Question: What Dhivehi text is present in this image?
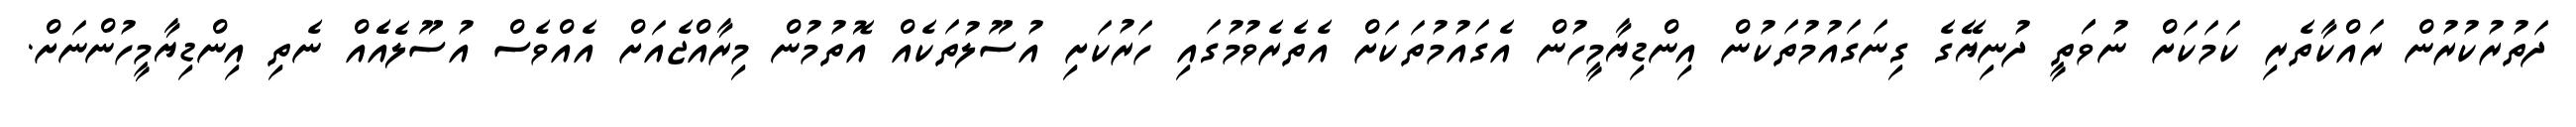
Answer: ދަތުރުކުރުން ރައްކާތެރި ކަމަކަށް ނުވަަތީ ދުނިޔޭގެ ގިނަގައުމުތަކުން އިންޑިޔާމީހުން އެގައުމުތަކަށް އެތެރެވުމުގައި ހަރުކަށި އުސޫލުތަކެއް އޮތުމުން މިރާއްޖެއަށް އެއްވެސް އުސޫލެއެެއް ނެތި އިންޑިޔާމީހުންނަށް.